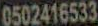
0502416533